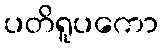
ပတိရူပကော